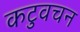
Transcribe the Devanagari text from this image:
कटुवचन